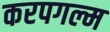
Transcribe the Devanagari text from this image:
करपगल्म